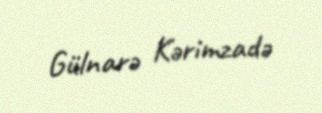
Gülnarə Kərimzadə